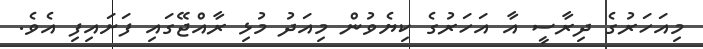
މިއަހަރުގެ ދިރާސީ އާ އަހަރުގެ ކިޔެވުން މިއަދު މުޅި ރާއްޖޭގައި ފަށައިފި އެވެ.